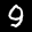
Label: 9